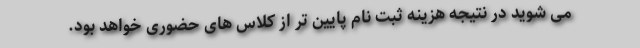
می شوید در نتیجه هزینه ثبت نام پایین تر از کلاس های حضوری خواهد بود.